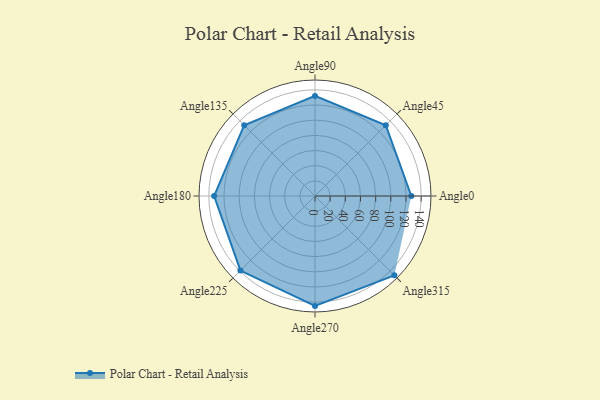
{"axis": {"x": "Angle", "y": "Radius"}, "legend": [""], "data": [{"x": "Angle0", "y": 127.0, "type": ""}, {"x": "Angle45", "y": 132.0, "type": ""}, {"x": "Angle90", "y": 132.0, "type": ""}, {"x": "Angle135", "y": 132.0, "type": ""}, {"x": "Angle180", "y": 133.0, "type": ""}, {"x": "Angle225", "y": 139.0, "type": ""}, {"x": "Angle270", "y": 145.0, "type": ""}, {"x": "Angle315", "y": 148.0, "type": ""}]}